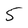
Character: 5